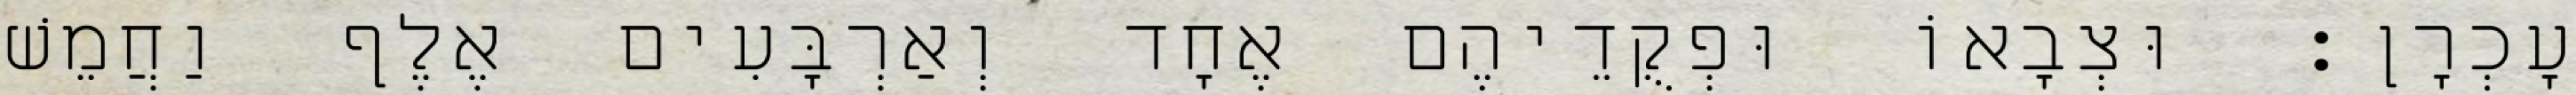
עָכְרָן׃ וּצְבָאוֹ וּפְקֻדֵיהֶם אֶחָד וְאַרְבָּעִים אֶלֶף וַחֲמֵשׁ